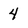
Character: 4